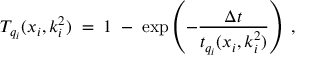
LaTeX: T _ { q _ { i } } ( x _ { i } , k _ { i } ^ { 2 } ) \; = \; 1 \; - \; \exp \left( - \frac { \Delta t } { t _ { q _ { i } } ( x _ { i } , k _ { i } ^ { 2 } ) } \right) \; ,